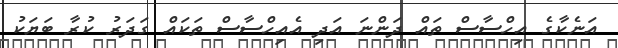
އަނެކާގެ އިހްސާސް ތައް ދަންނަ އަދި އެއިހްސާސް ތަކައް ގަދަރު ކުރާ ބަޔަކު